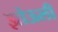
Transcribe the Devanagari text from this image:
झोऊली